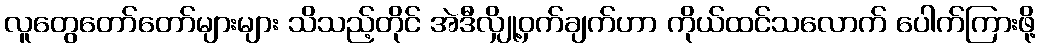
လူတွေတော်တော်များများ သိသည့်တိုင် အဲဒီလျှို့ဝှက်ချက်ဟာ ကိုယ်ထင်သလောက် ပေါက်ကြားဖို့